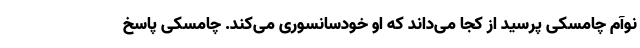
نوآم چامسکی پرسید از کجا می‌داند که او خودسانسوری می‌کند. چامسکی پاسخ